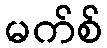
မက်စ်